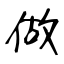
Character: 做